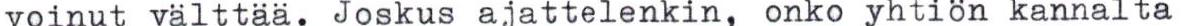
voinut välttää. Joskus ajattelenkin, onko yhtiön kannalta